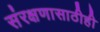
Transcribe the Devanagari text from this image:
संरक्षणासाठीही